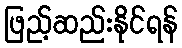
ဖြည့်ဆည်းနိုင်ရန်